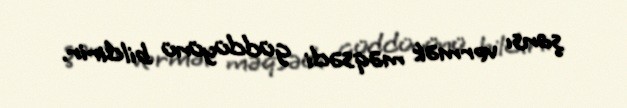
şansı vermək məqsədi güddüyünü bildirir.